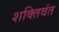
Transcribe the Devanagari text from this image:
शक्तिवंत